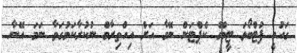
ގައުމީ ފުޓްބޯޅަ ޓީމްގެ ކެޕްޓަން ނޭމާ އަށް އިހްތިރާމް ނުކުރާކަމުގަވާ ނަމަ އޭނާ